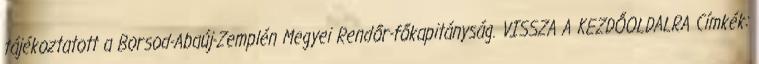
tájékoztatott a Borsod-Abaúj-Zemplén Megyei Rendőr-főkapitányság. VISSZA A KEZDŐOLDALRA Címkék: